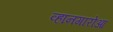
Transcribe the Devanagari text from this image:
व्हानगारोआ